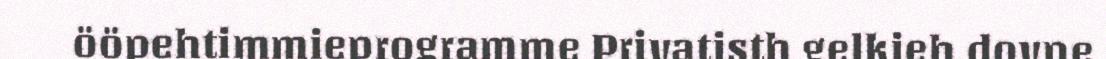
ööpehtimmieprogramme Privatisth gelkieh dovne